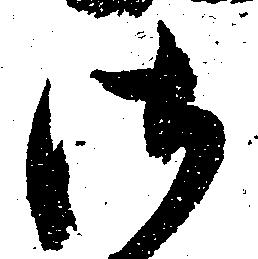
御